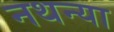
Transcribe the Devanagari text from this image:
नथन्या